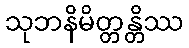
သုဘနိမိတ္တန္တိဿ